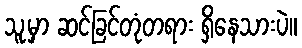
သူ့မှာ ဆင်ခြင်တုံတရား ရှိနေသားပဲ။